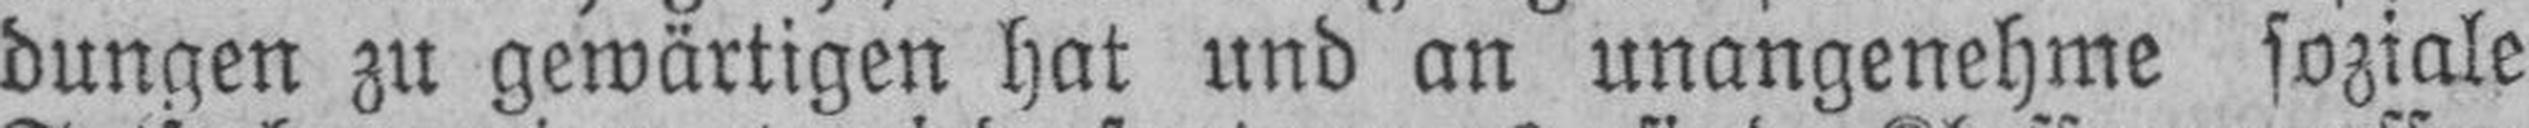
dungen zu gewärtigen hat und an unangenehme soziale